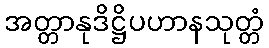
အတ္တာနုဒိဋ္ဌိပဟာနသုတ္တံ